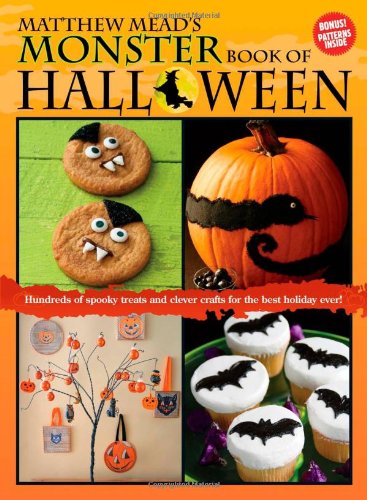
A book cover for Matthew Mead's Monster Book of Halloween; Matthew Mead; Cookbooks, Food & Wine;